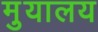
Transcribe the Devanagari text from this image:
मु़यालय